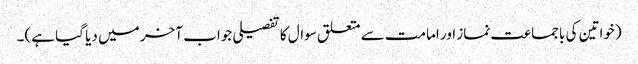
(خواتین کی باجماعت نماز اور امامت سے متعلق سوال کا تفصیلی جواب آخر میں دیا گیا ہے)۔